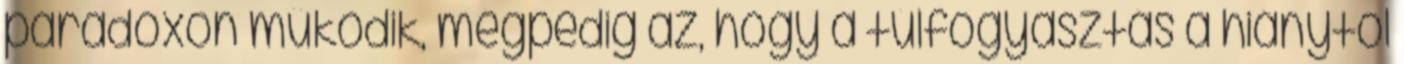
paradoxon működik, mégpedig az, hogy a túlfogyasztás a hiánytól